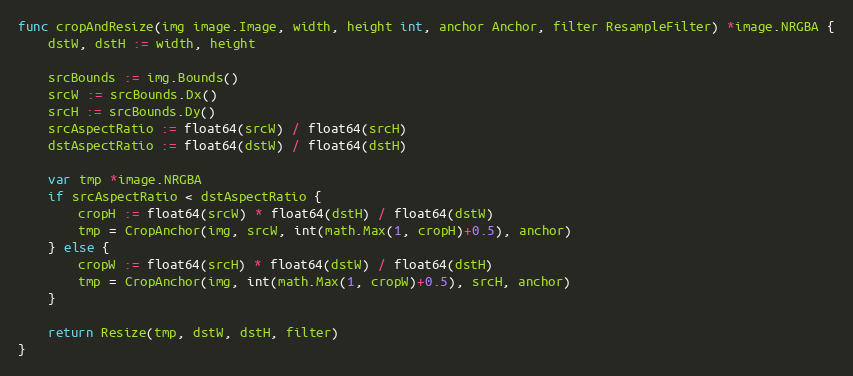
Language: Go
func cropAndResize(img image.Image, width, height int, anchor Anchor, filter ResampleFilter) *image.NRGBA {
	dstW, dstH := width, height

	srcBounds := img.Bounds()
	srcW := srcBounds.Dx()
	srcH := srcBounds.Dy()
	srcAspectRatio := float64(srcW) / float64(srcH)
	dstAspectRatio := float64(dstW) / float64(dstH)

	var tmp *image.NRGBA
	if srcAspectRatio < dstAspectRatio {
		cropH := float64(srcW) * float64(dstH) / float64(dstW)
		tmp = CropAnchor(img, srcW, int(math.Max(1, cropH)+0.5), anchor)
	} else {
		cropW := float64(srcH) * float64(dstW) / float64(dstH)
		tmp = CropAnchor(img, int(math.Max(1, cropW)+0.5), srcH, anchor)
	}

	return Resize(tmp, dstW, dstH, filter)
}